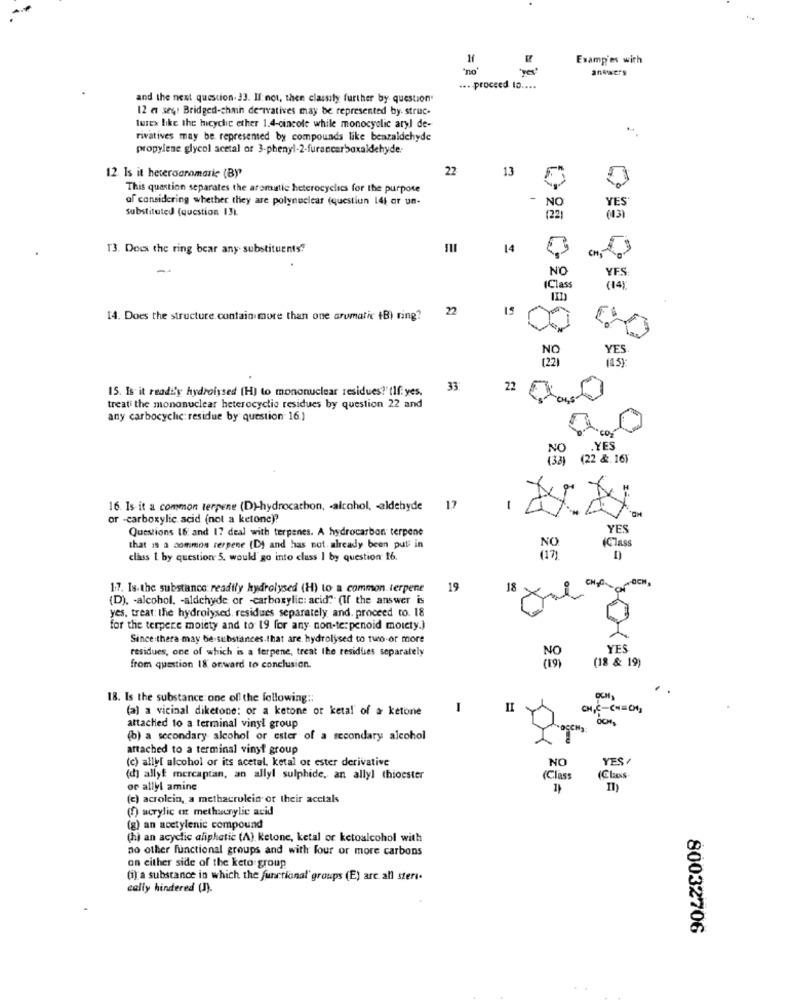
Examp'es with
"no"
"yes'
answers
...- proceed to ....
and the next question. 33. Il: not, then classify further by question"
12 a ses) Bridged-chain derivatives may be represented by. struc-
tures like the hicyclic ether 1.4-cincole while monocyclic aryl de-
rivatives may be represented by compounds like benzaldehyde
propylene glycol acetal or 3-phenyl-2-furancarboxaldehyde.
22
13
12. Is it heterogromaric (By"
This question separates the aromatic heterocyclics for the purpose
af considering whether they are polynuclear (questiun 14) or un-
NO
YES'
substituted (question 13L
(22)
(13)
13. Does the ring bear any substituents"
14
CH
NO
YFS
(Class
(14)
22
15
14. Does the structure contain more than one arumatic +B) ring?
NO
YES
1221
(45)
15. Is it readi'y hydrolysed (H) to mononuclear residues?" (If: yes.
33
22
treati the mononuclear heterocyclic residues by question 22 and
any carbocyclic: residue by question 16.)
con
NO
YES
(22 &.16)
1
16. Is it a common terpene (D)-hydrocarbon, - alcohol, - aldehyde
17
-
or -carboxylic acid (not a ketone)?
Questions 16 and 17 deal with terpenes. A hydrocarbon terpene
YES
(Class
that is a common rerpene (D) and has not. already been put in
class 1 by question 5. would go into class I by question 16.
1.7. Is the substance: readily hydrolysed (H) to a common terpene
19
18
(D). - alcohol. - aldehyde or -carboxylic: acid" (If the answer is
yes, treat: the hydrolysed. residues separately, and. proceed to. 18
for the terpere moiety and to 19 for any non-te:penoid moiety.)
Since thera may be-substances.that are. hydrolysed to two or more
residues, one of which is a ferpene, treat the residues separately
YES
(19)
(18 & 19)
from question I& onward to conclusion.
18. Is the substance one off the following ::
OCH
(a) a vicinal diketone: or a ketone or ketal' of a ketone
I
CH,C-CH=C4]
attached to a terminal vinyl group
(b) a secondary alcohol or ester of a secondary alcohol
attached to a terminal vinyt group
(c) allyl alcohol or its acetal, ketal or ester derivative
NO
YES
(d) allye mercaptan, an allyl sulphide, an ally] thioester
(Class
(Class
or allyl amine
Il
(c) acrolein, a methacrulein or their acctals
(f) acrylic at methacrylic acid
(g) an acetylenic compound
(h) an acyclic aliphatic (A) Ketone, ketal or ketoalcohol with
no other functional groups and with four or more carbons
on either side of the keto group
(i) a substance in which the functional' groups (E) are all steri.
cally hindered (I).
80032706